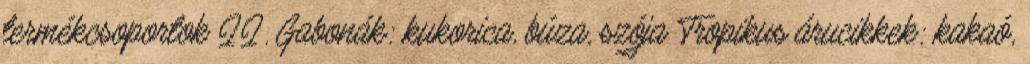
termékcsoportok II. Gabonák: kukorica, búza, szója Tropikus árucikkek: kakaó,